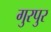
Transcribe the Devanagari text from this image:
गुरपुर